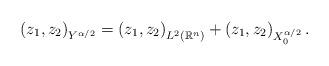
LaTeX: \begin{align*}\left( z_{1},z_{2}\right) _{Y^{\alpha/2}}=\left( z_{1},z_{2}\right)_{L^{2}\left( \mathbb{R}^{n}\right) }+\left( z_{1},z_{2}\right)_{X_{0}^{\alpha/2}}. \end{align*}